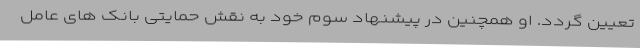
تعیین گردد. او همچنین در پیشنهاد سوم خود به نقش حمایتی بانک های عامل